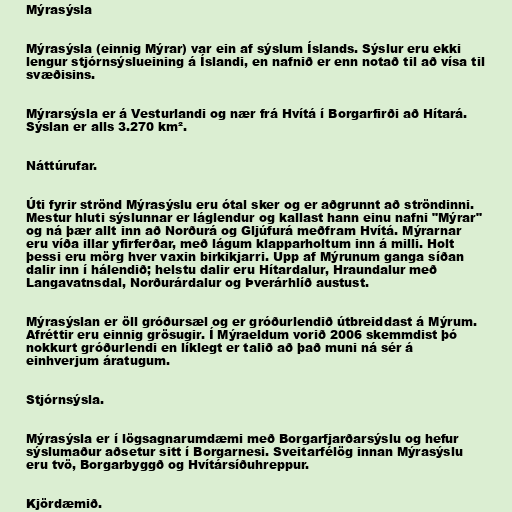
Mýrasýsla

Mýrasýsla (einnig Mýrar) var ein af sýslum Íslands. Sýslur eru ekki
lengur stjórnsýslueining á Íslandi, en nafnið er enn notað til að vísa til
svæðisins.

Mýrarsýsla er á Vesturlandi og nær frá Hvítá í Borgarfirði að Hítará.
Sýslan er alls 3.270 km².

Náttúrufar.

Úti fyrir strönd Mýrasýslu eru ótal sker og er aðgrunnt að ströndinni.
Mestur hluti sýslunnar er láglendur og kallast hann einu nafni "Mýrar"
og ná þær allt inn að Norðurá og Gljúfurá meðfram Hvítá. Mýrarnar
eru víða illar yfirferðar, með lágum klapparholtum inn á milli. Holt
þessi eru mörg hver vaxin birkikjarri. Upp af Mýrunum ganga síðan
dalir inn í hálendið; helstu dalir eru Hítardalur, Hraundalur með
Langavatnsdal, Norðurárdalur og Þverárhlíð austust.

Mýrasýslan er öll gróðursæl og er gróðurlendið útbreiddast á Mýrum.
Afréttir eru einnig grösugir. Í Mýraeldum vorið 2006 skemmdist þó
nokkurt gróðurlendi en líklegt er talið að það muni ná sér á
einhverjum áratugum.

Stjórnsýsla.

Mýrasýsla er í lögsagnarumdæmi með Borgarfjarðarsýslu og hefur
sýslumaður aðsetur sitt í Borgarnesi. Sveitarfélög innan Mýrasýslu
eru tvö, Borgarbyggð og Hvítársíðuhreppur.

Kjördæmið.